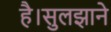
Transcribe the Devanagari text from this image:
है।सुलझाने